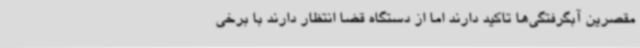
مقصرین آبگرفتگی‌ها تاکید دارند اما از دستگاه قضا انتظار دارند با برخی